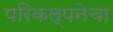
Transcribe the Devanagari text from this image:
परिकल्पनेचा